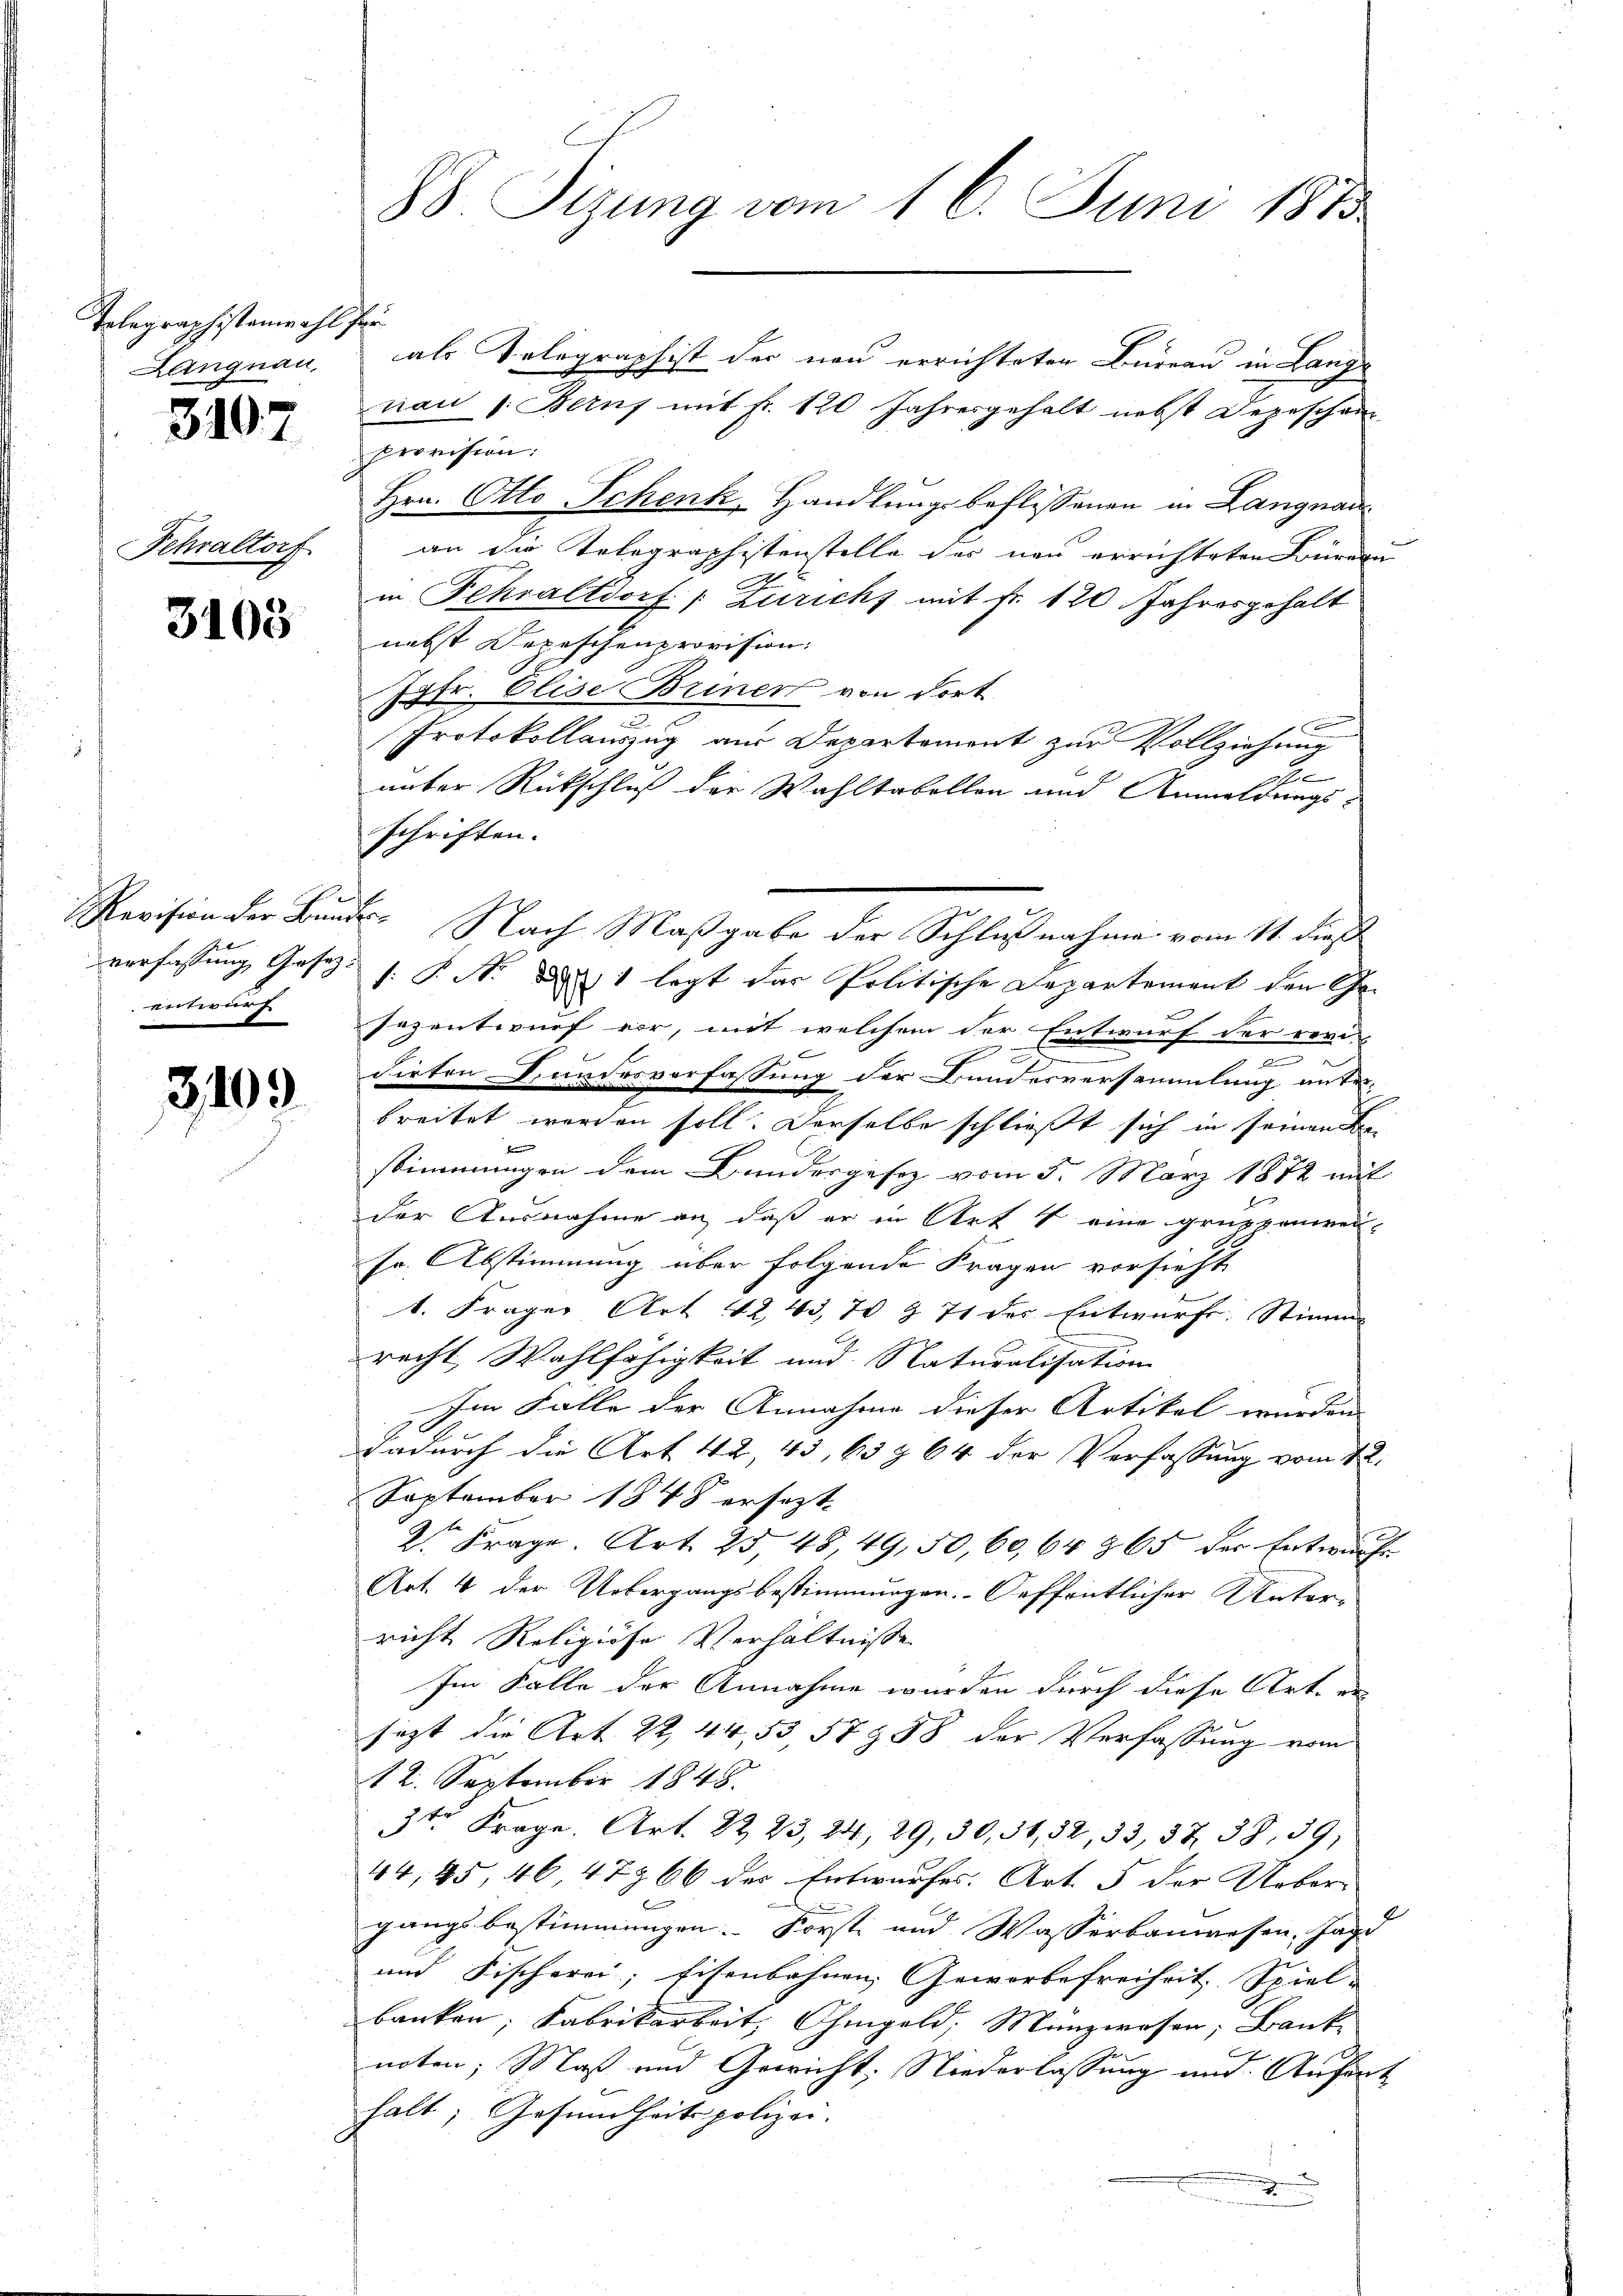
Telegraphistenmahl fre
Langnau,

3107

Fehraltorf

3103

Revision der Bunde
verfassung, Gesezentwurf.

3109

als Volographist der neu errichteten Bureau in Lange
nau s. Beruf mit Fr. 120 Jahresgehalt nebst Depeschen
provision.
Hrn. Otto Schenk, Handlungsbeflissenen in Langnau
an die Telegraphistenstelle der neu errichteten Büreau
in Fehraltdorf: Zuricht mit Fr. 120 Jahresgehalt
nebst Depeschenprovision.
Jgfr. Elise Briner von dort
Protokollauszug aus Departemont zur Vollziehung
a
unter Rückschluß der Wahltabellen und Anmeldungs-
schriften.
Nach Maßgabe der Schlußnahme vom 11. dieß
s: P. Nr. 31 legt das Politische Departement den Ge-
sezentwurf vor, mit welchem der Entwurf der revi-
c
dirten Dunchesverfassung der Bundesversammlung unterbreitet werden soll. Derselbe schließt sich in seinen Be-
kre
stimmungen dem Bundesgesetz vom 5. März 1872 mit
.
der Ausnahme an, daß er in Art 4 eine gruppanien-
sr. Abstimmung über folgende Fragen vorsieht
1. Frager Art 4243, 70 § 71 der Entwurfe. Stimme
recht Wahlfähigkeit und Naturalisation
Im Falle der Annahme dieser Artikel wurden.
dadurch die Art 42, 43, 63 § 64 der Verfassung vom 12.
September 1848 ersezt
2. Frage. Art. 25 48, 49,50,60,64 365 der Entwurfe
Art. 4 der Uebergangsbestimmungen. Oeffentlicher Unter-
richt Religiöse Verhältnisse
Im Falle der Annahme wurden durch diese Art. en
sezt die Art. 22, 44, 53 S7 988 der Verfassung vom
12. September 1848.
3te Frage. Art. 22 23, 24, 29, 30,51, 32, 33, 37, 38, 39;
44, 45 46 4766 des Entwurfes. Art. 5 der Ueber-
gangsbestimmungen Forste und Wasserbauwesen, Jag
und Fischerei; Eisenbahnen, Geworbefreiheit Spiel- |
banken, Fabrikarbeit, Ohmgeld, Münzwesen, Bank
noten; Maß und Gewicht. Niederlassung und Anfort
halt; Gesundheitspolizei.
2
.

88. Sizung vom 16. Juni 1873.